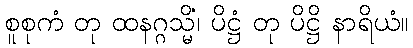
စူစုကံ တု ထနဂ္ဂသ္မိံ၊ ပိဋ္ဌံ တု ပိဋ္ဌိ နာရိယံ။